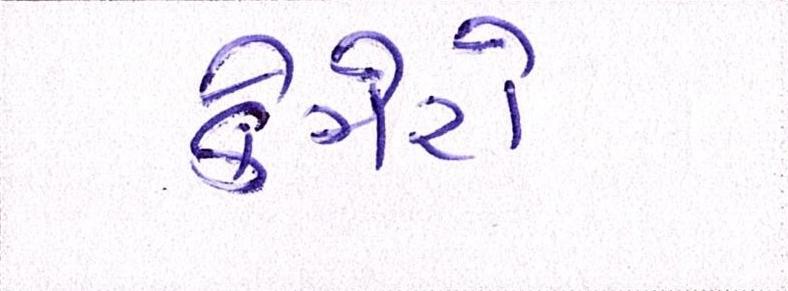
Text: કેમેરો